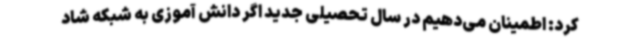
کرد: اطمینان می‌دهیم در سال تحصیلی جدید اگر دانش آموزی به شبکه شاد